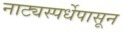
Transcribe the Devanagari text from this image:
नाट्यस्पर्धेपासून